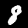
Digit: 8